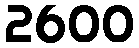
2600